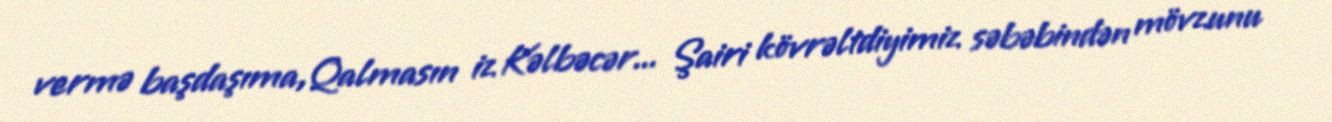
vermə başdaşıma,Qalmasın iz Kəlbəcər... Şairi kövrəltdiyimiz səbəbindən mövzunu